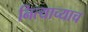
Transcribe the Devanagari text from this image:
नित्याच्याच